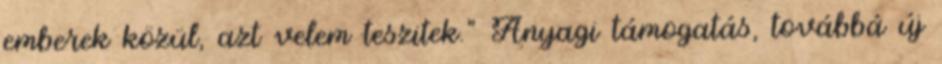
emberek közül, azt velem teszitek." Anyagi támogatás, továbbá új